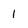
Character: l